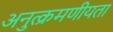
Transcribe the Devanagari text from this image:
अनुत्क्रमणीयता